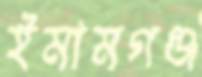
ইমামগঞ্জ